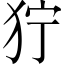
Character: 狞